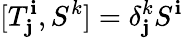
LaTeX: [T_{\mathbf{j}}^{\mathbf{i}},S^{k}]=\delta_{\mathbf{j}}^{k}S^{\mathbf{i}}